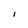
Character: I